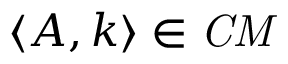
\langle A , k \rangle \in { \mathit { C M } }